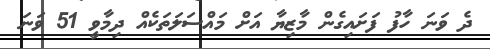
ދެ ވަނަ ހާފު ފަށައިގެން މާޒިޔާ އަށް މައްސަލަތަކެއް ދިމާވީ 51 ވަނަ